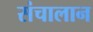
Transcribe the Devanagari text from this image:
संचालान